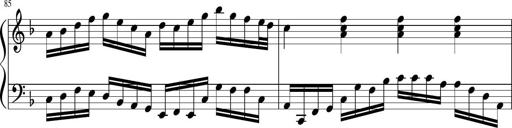
Title: Sonatina in F major
Composer: Ethan Ngo
Key: F major